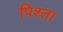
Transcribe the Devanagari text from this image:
पिश्ता